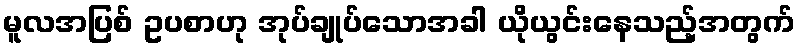
မူလအပြစ် ဥပစာဟု အုပ်ချုပ်သောအခါ ယိုယွင်းနေသည့်အတွက်